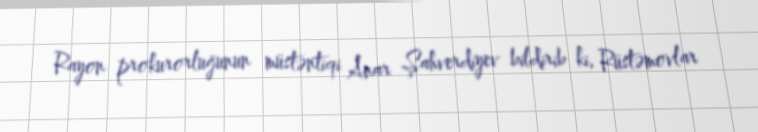
Rayon prokurorluğunun müstəntiqi Anar Şahverdiyev bildirib ki, Rüstəmovlar